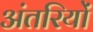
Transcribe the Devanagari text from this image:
अंतरियों